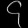
Digit: ၄